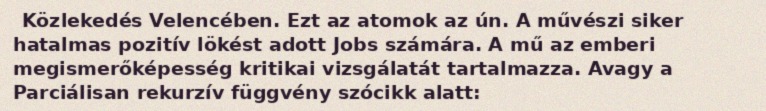
Közlekedés Velencében. Ezt az atomok az ún. A művészi siker hatalmas pozitív lökést adott Jobs számára. A mű az emberi megismerőképesség kritikai vizsgálatát tartalmazza. Avagy a Parciálisan rekurzív függvény szócikk alatt: